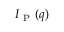
I _ { \mathrm { ~ P ~ } } ( q )